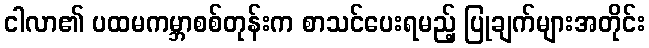
ငါလာ၏ ပထမကမ္ဘာစစ်တုန်းက စာသင်ပေးရမည့် ပြုချက်များအတိုင်း